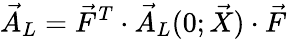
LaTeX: \vec{A}_{L}=\vec{F}^{T}\cdot\vec{A}_{L}(0;\vec{X})\cdot\vec{F}